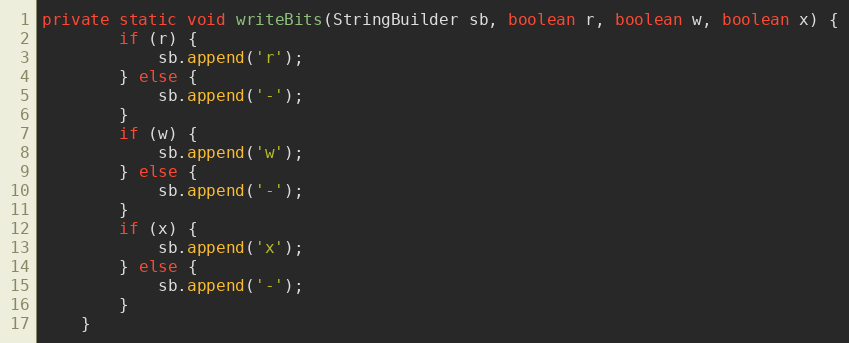
Language: Java
private static void writeBits(StringBuilder sb, boolean r, boolean w, boolean x) {
        if (r) {
            sb.append('r');
        } else {
            sb.append('-');
        }
        if (w) {
            sb.append('w');
        } else {
            sb.append('-');
        }
        if (x) {
            sb.append('x');
        } else {
            sb.append('-');
        }
    }